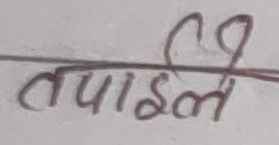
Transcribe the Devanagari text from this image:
तपाईंले